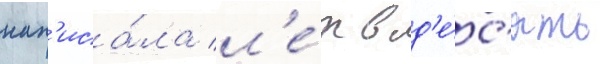
нап'иса́ла л'е́т в д'е́с'ять